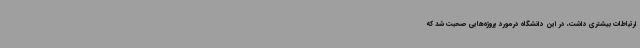
ارتباطات بیشتری داشت، در این دانشگاه درمورد پروژه‌هایی صحبت شد که